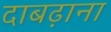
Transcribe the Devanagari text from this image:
दाबढ़ाना